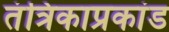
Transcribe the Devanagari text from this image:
तंत्रिकाप्रकांड